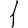
Digit: 1